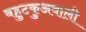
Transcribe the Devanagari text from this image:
बहुटकुअवाली